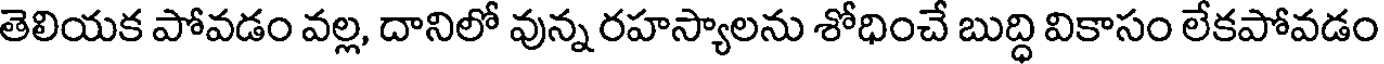
తెలియక పోవడం వల్ల, దానిలో వున్న రహస్యాలను శోధించే బుద్ధి వికాసం లేకపోవడం